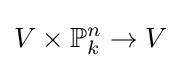
V\times \mathbb {P} _{k}^{n}\to V